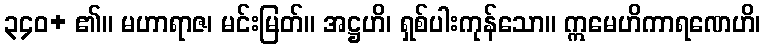
၃၄၀+ ၏။ မဟာရာဇ၊ မင်းမြတ်။ အဋ္ဌဟိ၊ ရှစ်ပါးကုန်သော။ ဣမေဟိကာရဏေဟိ၊